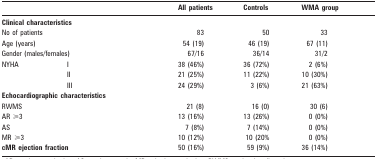
<table><thead><tr><td colspan="2"></td><td><b>All patients</b></td><td><b>Controls</b></td><td><b>WMA group</b></td></tr></thead><tbody><tr><td colspan="2"><b>Clinical characteristics</b></td><td></td><td></td><td></td></tr><tr><td colspan="2">No of patients</td><td>83</td><td>50</td><td>33</td></tr><tr><td colspan="2">Age (years)</td><td>54 (19)</td><td>46 (19)</td><td>67 (11)</td></tr><tr><td colspan="2">Gender (males/females)</td><td>67/16</td><td>36/14</td><td>31/2</td></tr><tr><td>NYHA</td><td>I</td><td>38 (46%)</td><td>36 (72%)</td><td>2 (6%)</td></tr><tr><td></td><td>II</td><td>21 (25%)</td><td>11 (22%)</td><td>10 (30%)</td></tr><tr><td></td><td>III</td><td>24 (29%)</td><td>3 (6%)</td><td>21 (63%)</td></tr><tr><td colspan="2"><b>Echocardiographic characteristics</b></td><td></td><td></td><td></td></tr><tr><td colspan="2">RWMS</td><td>21 (8)</td><td>16 (0)</td><td>30 (6)</td></tr><tr><td colspan="2">AR ⩾3</td><td>13 (16%)</td><td>13 (26%)</td><td>0 (0%)</td></tr><tr><td colspan="2">AS</td><td>7 (8%)</td><td>7 (14%)</td><td>0 (0%)</td></tr><tr><td colspan="2">MR ⩾3</td><td>10 (12%)</td><td>10 (20%</td><td>0 (0%)</td></tr><tr><td colspan="2"><b>cMR ejection fraction</b></td><td>50 (16%)</td><td>59 (9%)</td><td>36 (14%)</td></tr></tbody></table>